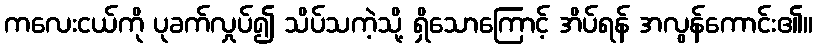
ကလေးငယ်ကို ပုခက်လှုပ်၍ သိပ်သကဲ့သို့ ရှိသောကြောင့် အိပ်ရန် အလွန်ကောင်း၏။